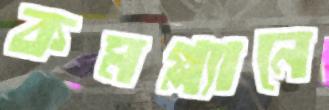
কমপ্ল্যানে